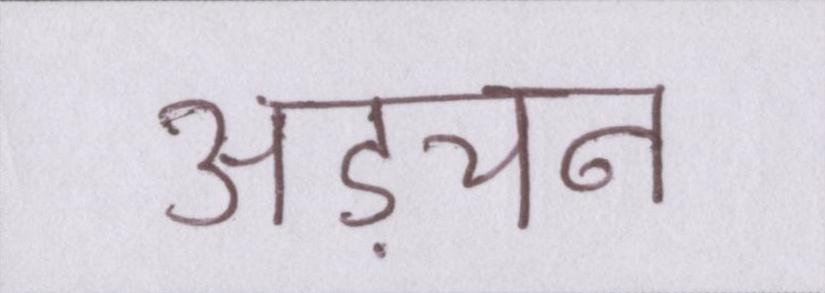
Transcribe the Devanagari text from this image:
अड़चन